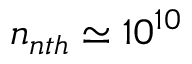
n _ { n t h } \simeq 1 0 ^ { 1 0 }